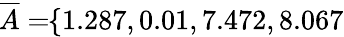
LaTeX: \! \! \! \! \! \! \! \; \; \; \; \overline{{A}}=\! \! \{ 1.287,0.01,7.472,8.067\} \! \! \!